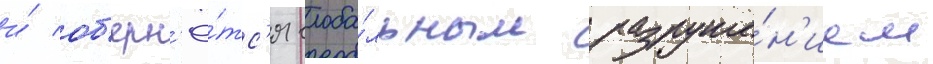
и́ об'ерн'ё́тс'я глоба́льным разруше́н'ием